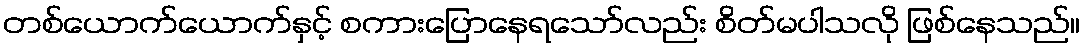
တစ်ယောက်ယောက်နှင့် စကားပြောနေရသော်လည်း စိတ်မပါသလို ဖြစ်နေသည်။